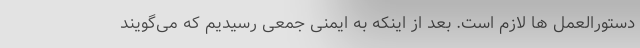
دستورالعمل ها لازم است. بعد از اینکه به ایمنی جمعی رسیدیم که می‌گویند